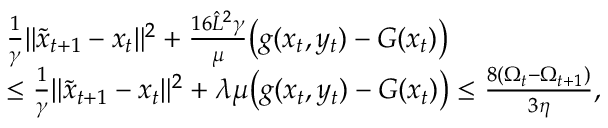
\begin{array} { r l } & { \frac { 1 } { \gamma } \| \tilde { x } _ { t + 1 } - x _ { t } \| ^ { 2 } + \frac { 1 6 \hat { L } ^ { 2 } \gamma } { \mu } \big ( g ( x _ { t } , y _ { t } ) - G ( x _ { t } ) \big ) } \\ & { \leq \frac { 1 } { \gamma } \| \tilde { x } _ { t + 1 } - x _ { t } \| ^ { 2 } + \lambda \mu \big ( g ( x _ { t } , y _ { t } ) - G ( x _ { t } ) \big ) \leq \frac { 8 ( \Omega _ { t } - \Omega _ { t + 1 } ) } { 3 \eta } , } \end{array}